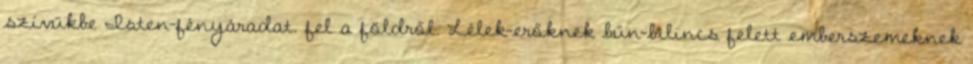
szívükbe Isten-fényáradat. fel a földről. Lélek-erőknek bűn-bilincs felett emberszemeknek